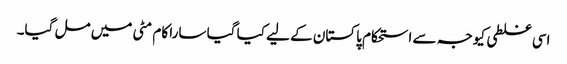
اسی غلطی کیوجہ سے استحکام پاکستان کے لیے کیا گیا سارا کام مٹی میں مل گیا۔